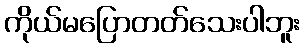
ကိုယ်မပြောတတ်သေးပါဘူး